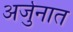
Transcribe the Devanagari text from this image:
अर्जुनात